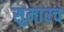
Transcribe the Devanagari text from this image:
सुमारच